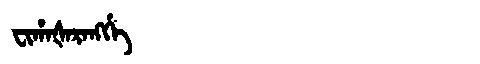
Manchu: ᠸᡳᡥᠠᡧᠠᡵᠠᠩᡤᡝ
Romanization: FIHAŠARANGGE